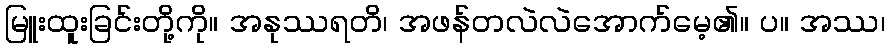
မြူးထူးခြင်းတို့ကို။ အနုဿရတိ၊ အဖန်တလဲလဲအောက်မေ့၏။ ပ။ အဿ၊